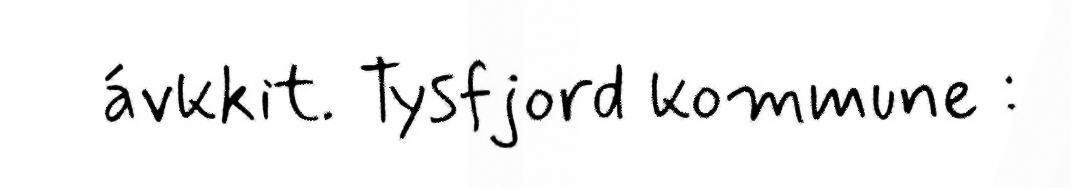
ávkkit. Tysfjord kommune :